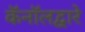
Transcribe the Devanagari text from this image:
कॅनॉलद्वारे